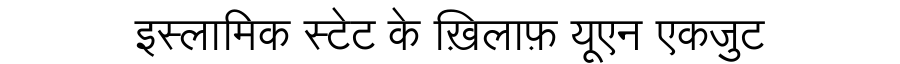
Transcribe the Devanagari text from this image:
इस्लामिक स्टेट के ख़िलाफ़ यूएन एकजुट